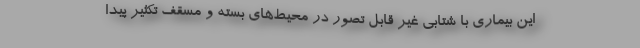
این بیماری با شتابی غیر قابل تصور در محیط‌های بسته و مسقف تکثیر پیدا